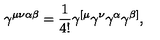
\gamma ^ { \mu \nu \alpha \beta } = \frac { 1 } { 4 ! } \gamma ^ { [ \mu } \gamma ^ { \nu } \gamma ^ { \alpha } \gamma ^ { \beta ] } ,